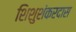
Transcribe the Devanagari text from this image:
शिशुशंकरदास